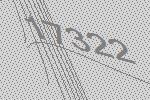
17322